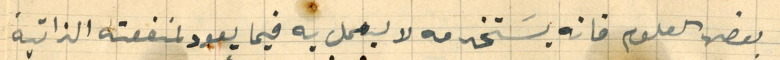
بعض العلوم فانه يسَتخدمه لا ليعمل به فيما يعود لمنفعته الذاتية